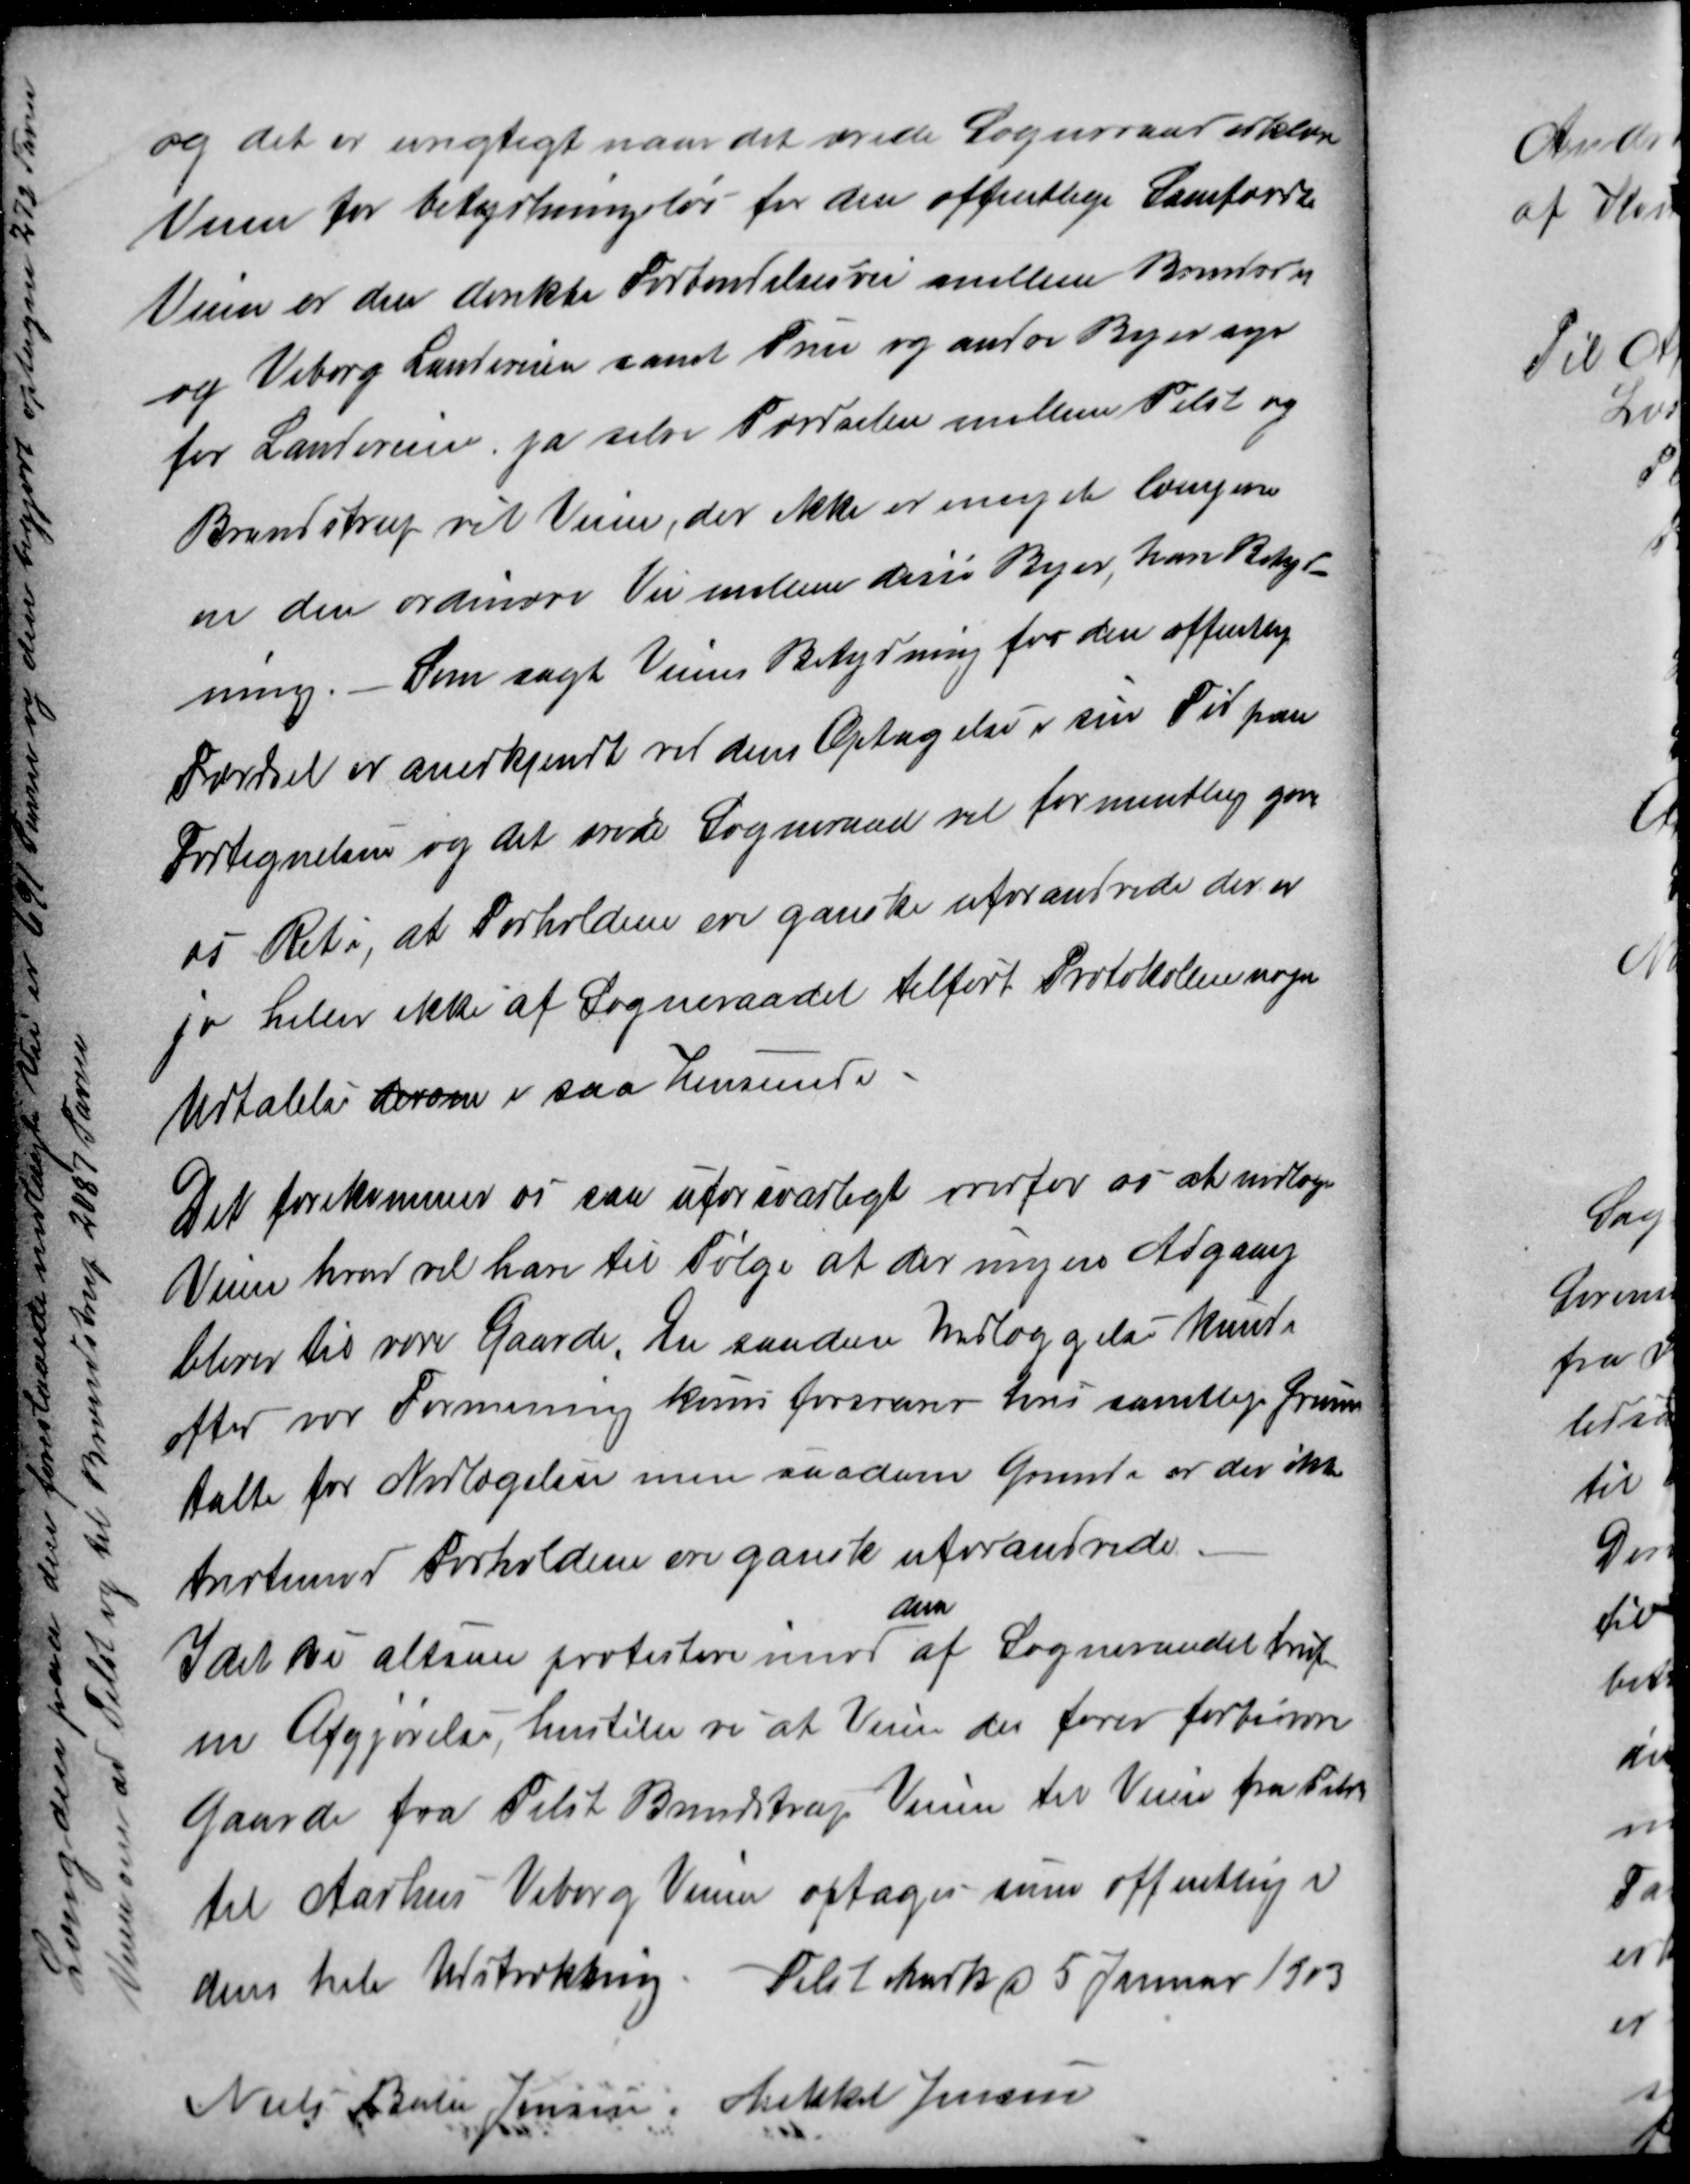
Transskription:
og det er urigtigt naar det ærede Sogneraad erklærer
Veien for betydningsløs for den offentlige Samfærdsel
Veien er den direkte Forbindelsesvei mellem Brendstrup
og Viborg Landeveien samt True og andre Byer syd
for Landeveien, ja selve Færdselen mellem Tilst og
Brendstrup vil Veien, der ikke er meget længerne
en den ordinære Vei mellem disse Byer, have Betyd-
ning. Som sagt Veiens Betydning for den offentlig
Færdsel er anerkjendt ved dens Optagelse i sin Tid paa
Fortegnelsen og det ærede Sogneraad vil formentlig give
os Ret i, at Forholdene ere ganske uforandrede der er
jo heller ikke af Sogneraadet tilført Protokollen nogen
Udtalelse derom i saa henseende-
Det forekommer os saa uforsvarligt overfor os at nedlæge
Veien hvad vil have til Følge at der ingen Adgang
bliver til vore Gaarde. En saadan Nedlæggelse kunde
efter vor Formening kuns forsvarer hvis samtlige Grunde
talte for Nedtagelsen men saadanne Grunde er der ikke
tværtimod Forholdene ere ganske uforandrede
Idet vi altsaa protestere imod 
den
af Sogneraadet truf
ne Afgjørelse, henstille vi at Veien der fører forbi vore
Gaarde fra Tilst Brendstrup Veien til Veien fra Tilst
til Aarhus Viborg Veien optages som offentlig i
dens hele Udstrækning. Tilst Mark i 5 Januar 1903
Niels Balle Jensen. Mikkel Jensen

Længden paa den foreslaaede nedlagte Vei er 691 Favne og den begjært optagne 272 Favne
Veien om ad Tilst og til Brendstrup 2087 Favne